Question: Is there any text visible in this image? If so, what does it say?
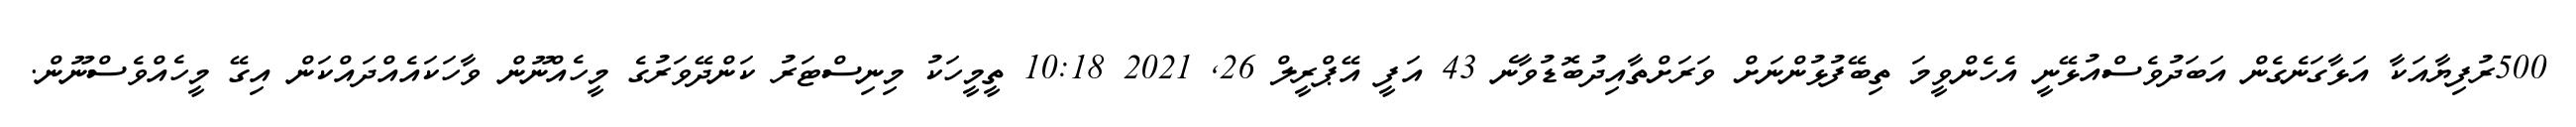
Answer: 500ރުފިޔާއަކާ އަޅާގަނެގެން އަބަދުވެސްއުޅޭނީ އެހެންވީމަ ތިބޭފުޅުންނަށް ވަރަށްތާއިދުބޮޑުވާނެ 43 އަފީ އޭޕްރީލް 26, 2021 10:18 ތީމީހަކު މިނިސްޓަރު ކަންދޭވަރުގެ މީހެއްނޫން ވާހަކައެއްދައްކަން އިގޭ މީހެއްވެސްނޫން.